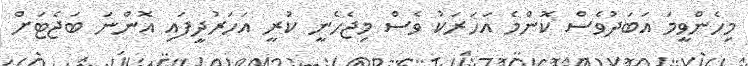
މިހެންވީމަ އަބަދުވެސް ކޮންމެ އަހަރަކު ވެސް މިޖެހެނީ ކުރީ އަހަރުދީފައި އޮންނަ ބަޖެޓަށް